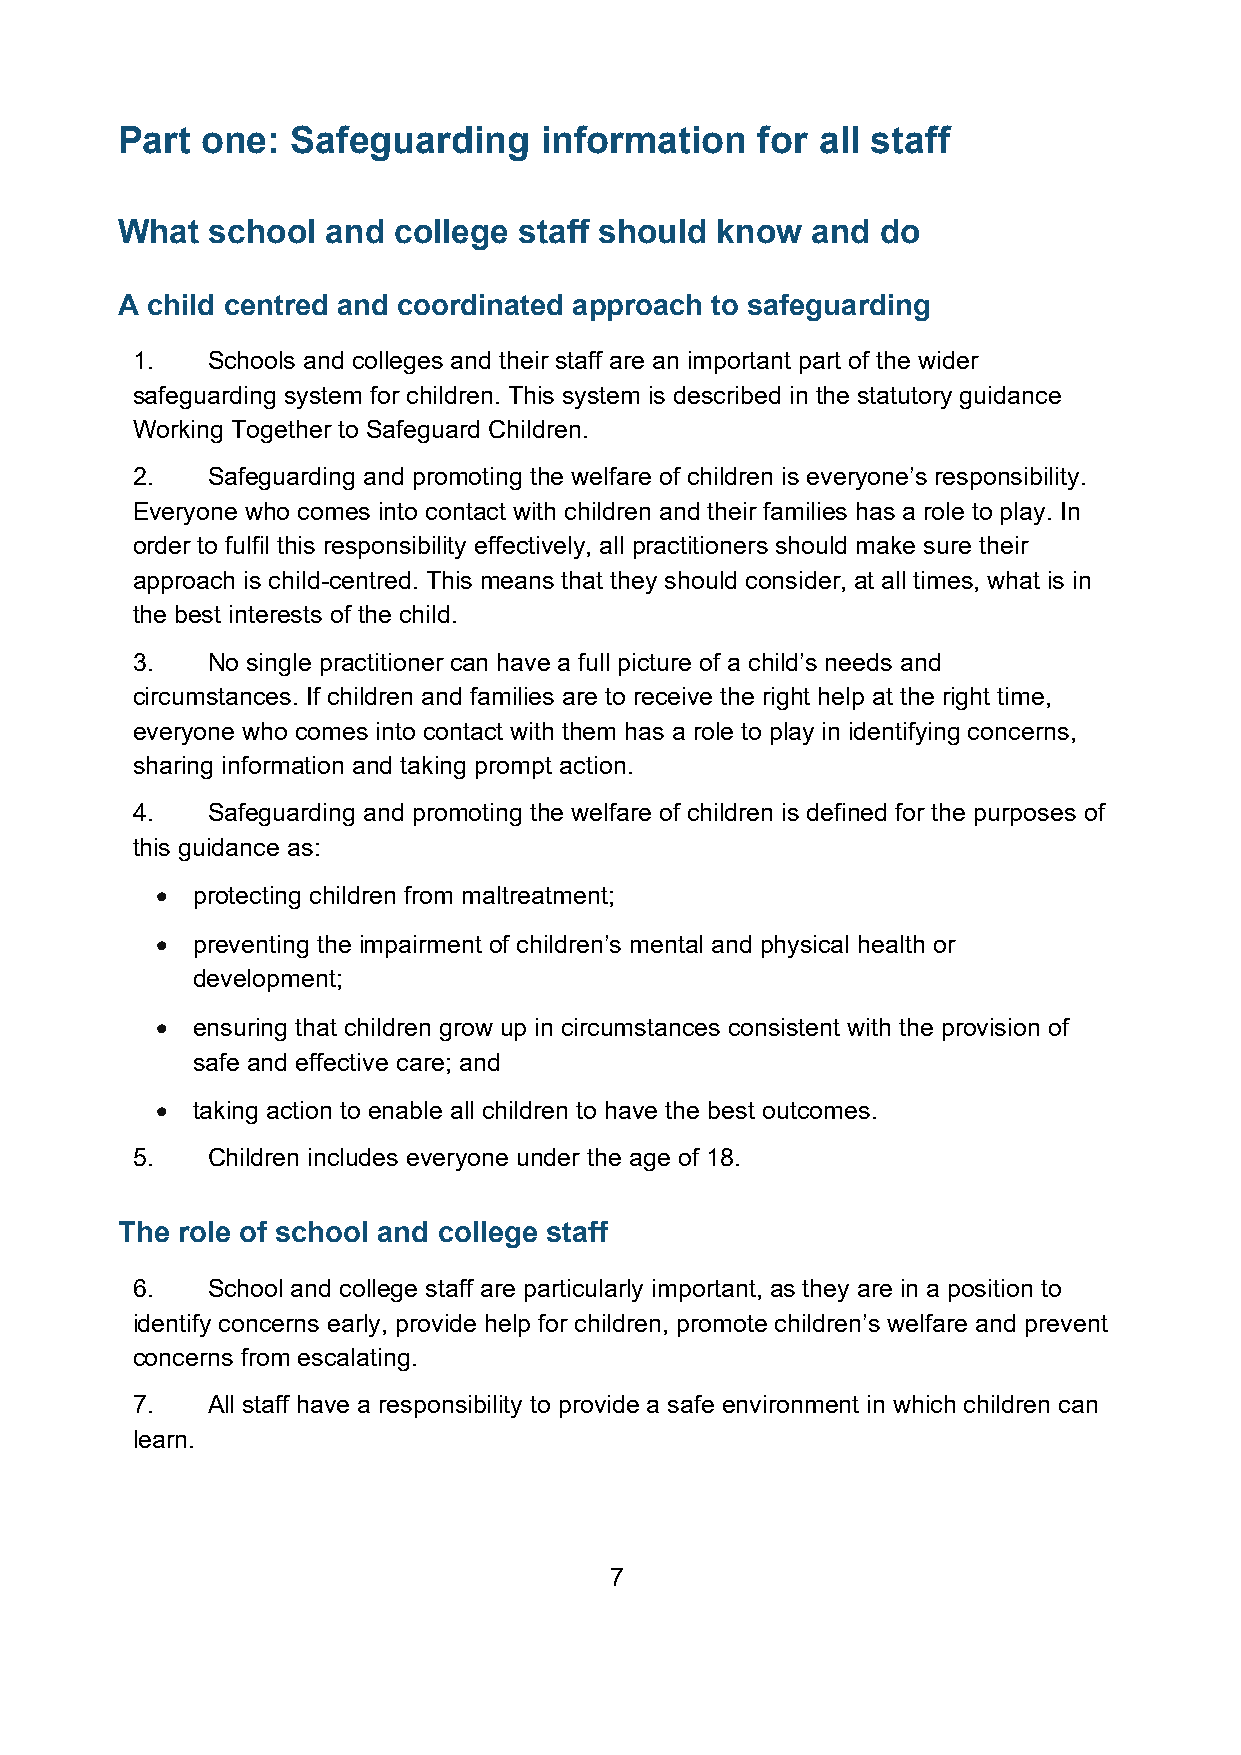
Part one:  Safeguarding     information   for all staff
 What  school  and college staff should know   and do
 A child centred and coordinated approach to safeguarding
 1.   Schools and colleges and their staff are an important part of the wider
 safeguarding system for children. This system is described in the statutory guidance
 Working Together to Safeguard Children.
 2.   Safeguarding and promoting the welfare of children is everyone’s responsibility.
 Everyone who comes into contact with children and their families has a role to play. In
 order to fulfil this responsibility effectively, all practitioners should make sure their
 approach is child-centred. This means that they should consider, at all times, what is in
 the best interests of the child.
 3.   No single practitioner can have a full picture of a child’s needs and
 circumstances. If children and families are to receive the right help at the right time,
 everyone who comes into contact with them has a role to play in identifying concerns,
 sharing information and taking prompt action.
 4.   Safeguarding and promoting the welfare of children is defined for the purposes of
 this guidance as:
 •  protecting children from maltreatment;
 •  preventing the impairment of children’s mental and physical health or
 development;
 •  ensuring that children grow up in circumstances consistent with the provision of
 safe and effective care; and
 •  taking action to enable all children to have the best outcomes.
 5.   Children includes everyone under the age of 18.
 The role of school and college staff
 6.   School and college staff are particularly important, as they are in a position to
 identify concerns early, provide help for children, promote children’s welfare and prevent
 concerns from escalating.
 7.   All staff have a responsibility to provide a safe environment in which children can
 learn.
 7